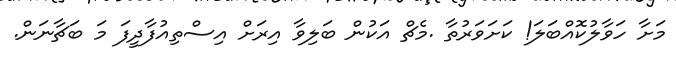
މަށާ ހަވާލުކޮއްބަލަ! ކަށަވަރުތާ .މެޗް އަކުން ބަލިވާ އިރަށް އިސްތިއުފާދީފަ މަ ބަޗާނަން.